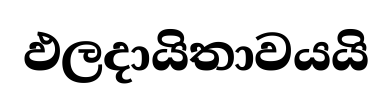
ඵලදායිතාවයයි